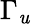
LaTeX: \Gamma_{\mathit{u}}